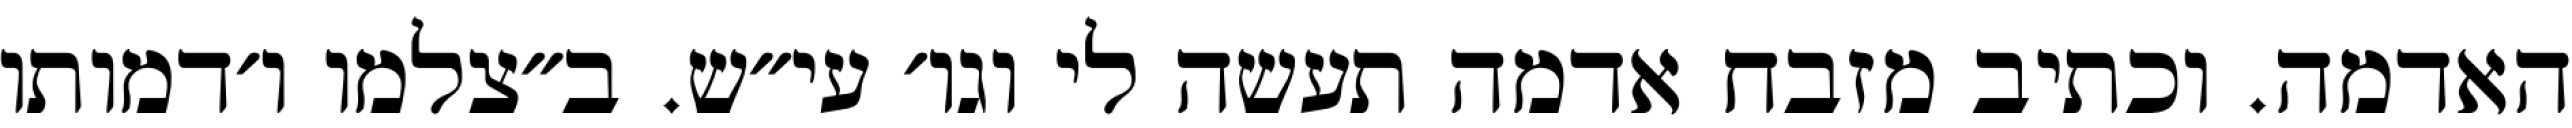
האדמה. וכתיב מזבח אדמה תעשה לי וגו׳ עי״ש. ב״צלמו ו׳דמותו